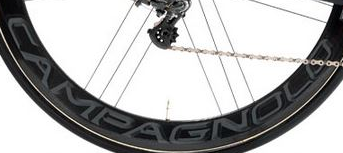
CAMPAGNOLO